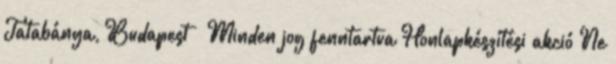
Tatabánya, Budapest ● Minden jog fenntartva Honlapkészítési akció Ne